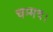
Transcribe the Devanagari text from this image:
चम्मच।